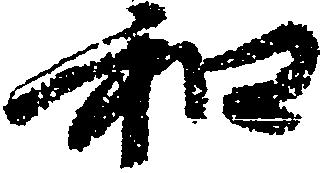
和